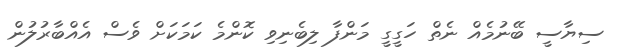
ސިޔާސީ ބޭނުމެއް ނެތް ހަގީގީ މަންފާ ލިބެނިވި ކޮންމެ ކަމަކަށް ވެސް އެއްބާރުލުން